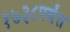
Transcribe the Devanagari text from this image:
१७३८पर्यंत